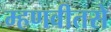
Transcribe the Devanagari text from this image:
म्हणवीतसे